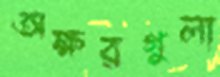
অক্ষরগুলা